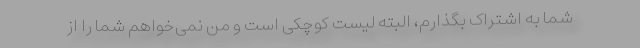
شما به اشتراک بگذارم، البته لیست کوچکی است و من نمی‌خواهم شما را از